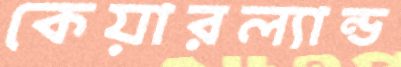
কেয়ারল্যান্ড